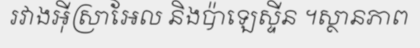
រវាងអ៊ីស្រាអែល និងប៉ាឡេស្ទីន ។ស្ថានភាព